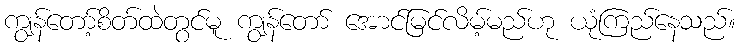
ကျွန်တော့်စိတ်ထဲတွင်မူ ကျွန်တော် အောင်မြင်လိမ့်မည်ဟု ယုံကြည်နေသည်။